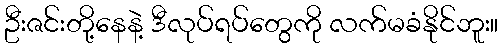
ဦးဇင်းတို့နေနဲ့ ဒီလုပ်ရပ်တွေကို လက်မခံနိုင်ဘူး။